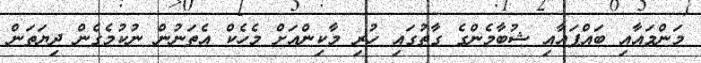
މަންމައާއި ބައްޕައާއި ޝުބާމެންގެ ގާތުގައި ހުރި މާކިންއަށް މެހެކް އެތަނުން ނުކުމެގެން ދިޔަތަން